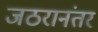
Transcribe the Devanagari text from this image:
जठरानंतर